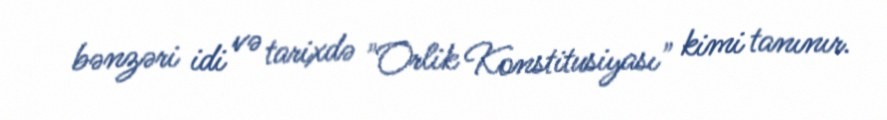
bənzəri idi və tarixdə "Orlik Konstitusiyası" kimi tanınır.